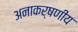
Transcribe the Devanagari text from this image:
अनाकर्षणीय